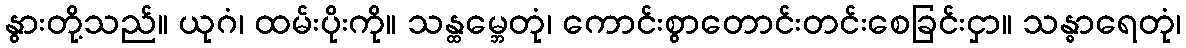
နွားတို့သည်။ ယုဂံ၊ ထမ်းပိုးကို။ သန္ထမ္ဘေတုံ၊ ကောင်းစွာတောင်းတင်းစေခြင်းငှာ။ သန္ဓာရေတုံ၊